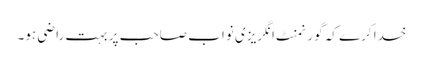
خدا کرے کہ گورنمنٹ انگریزی نواب صاحب پر بہت راضی ہو۔